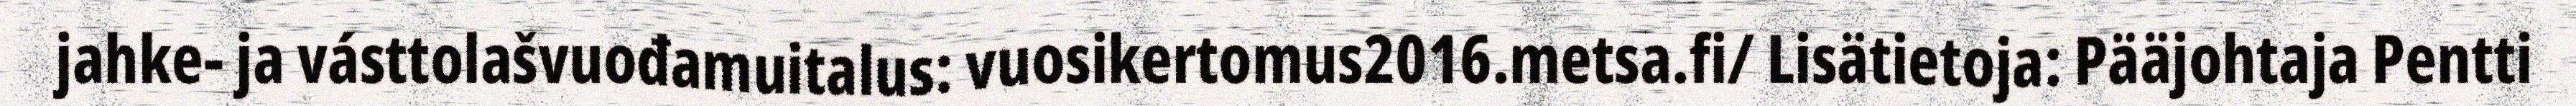
jahke- ja vásttolašvuođamuitalus: vuosikertomus2016.metsa.fi/ Lisätietoja: Pääjohtaja Pentti